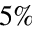
5 \%